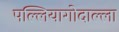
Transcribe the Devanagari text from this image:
पल्लियागोदाल्ला